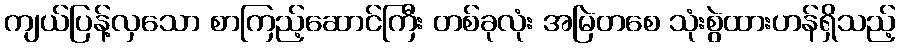
ကျယ်ပြန့်လှသော စာကြည့်ဆောင်ကြီး တစ်ခုလုံး အမြဲတစေ သုံးစွဲထားဟန်ရှိသည့်